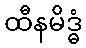
ထီနမိဒ္ဓံ